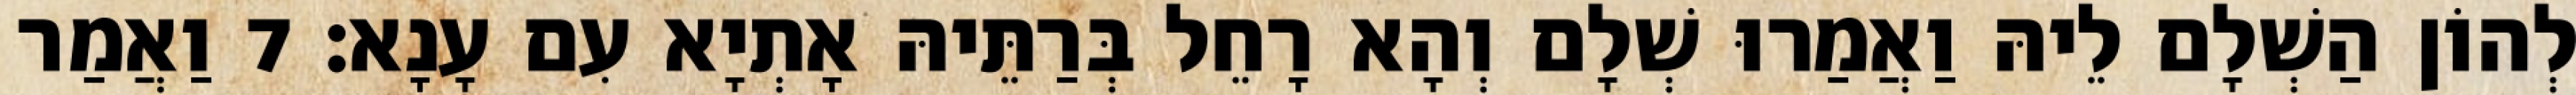
לְהוֹן הַשְׁלָם לֵיהּ וַאֲמַרוּ שְׁלָם וְהָא רָחֵל בְּרַתֵּיהּ אָתְיָא עִם עָנָא׃ 7 וַאֲמַר